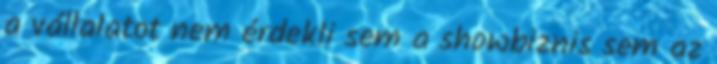
a vállalatot nem érdekli sem a showbiznis sem az